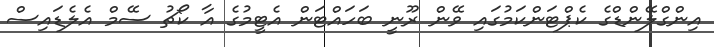
އިންގްލޭންޑްގެ ކެޕްޓަންކަމުގައި ވޭން ރޫނީ ބަހައްޓަން އެޓީމުގެ އާ ކޯޗު ސޭމް އެލެޑައިސް